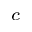
^ c